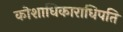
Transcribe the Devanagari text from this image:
कोशाधिकाराधिपति